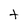
Character: t